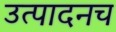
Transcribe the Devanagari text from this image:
उत्पादनच